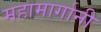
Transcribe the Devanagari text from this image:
महामार्गानी